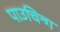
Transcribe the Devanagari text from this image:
पाउचिन्ग